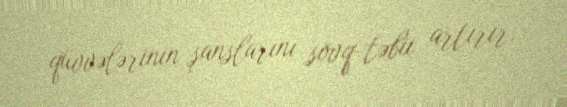
qüvvələrinin şanslarını sövq-təbii artırır.